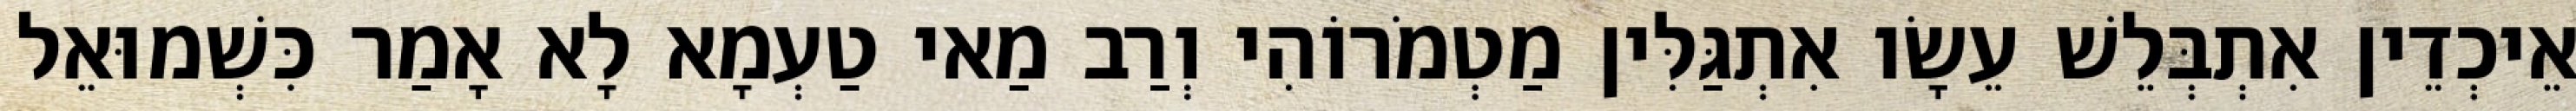
אֵיכְדֵין אִתְבְּלֵשׁ עֵשָׂו אִתְגַּלִּין מַטְמֹרוֹהִי וְרַב מַאי טַעְמָא לָא אָמַר כִּשְׁמוּאֵל